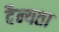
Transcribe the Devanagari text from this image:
दैन्यता